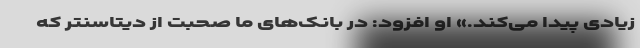
زیادی پیدا می‌کند.» او افزود: در بانک‌های ما صحبت از دیتاسنتر که